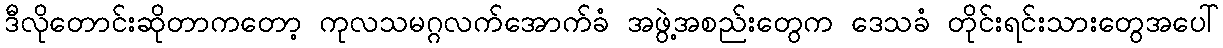
ဒီလိုတောင်းဆိုတာကတော့ ကုလသမဂ္ဂလက်အောက်ခံ အဖွဲ့အစည်းတွေက ဒေသခံ တိုင်းရင်းသားတွေအပေါ်